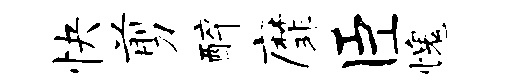
快剪醉縻臣愧